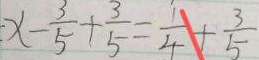
x - \frac { 3 } { 5 } + \frac { 3 } { 5 } = \frac { 1 } { 4 } + \frac { 3 } { 5 }